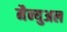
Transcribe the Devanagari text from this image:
मैन्‍युअल